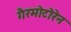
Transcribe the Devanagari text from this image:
गैरमोटोरेन